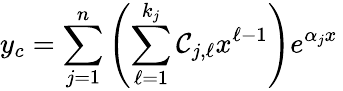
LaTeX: y_{c}=\sum_{j=1}^{n}\left(\sum_{\ell=1}^{k_{j}}\mathcal{C}_{j,\ell}x^{\ell-1}\right)e^{\alpha_{j}x}\,